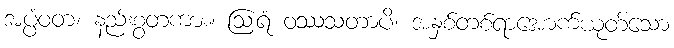
အပ္ပံဝတ၊ နည်းစွတကား။ ဩရံ ဝဿသတာပိ၊ အနှစ်တစ်ရာအောက်ယုတ်သော